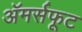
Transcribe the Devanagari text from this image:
अॅमर्सफूट